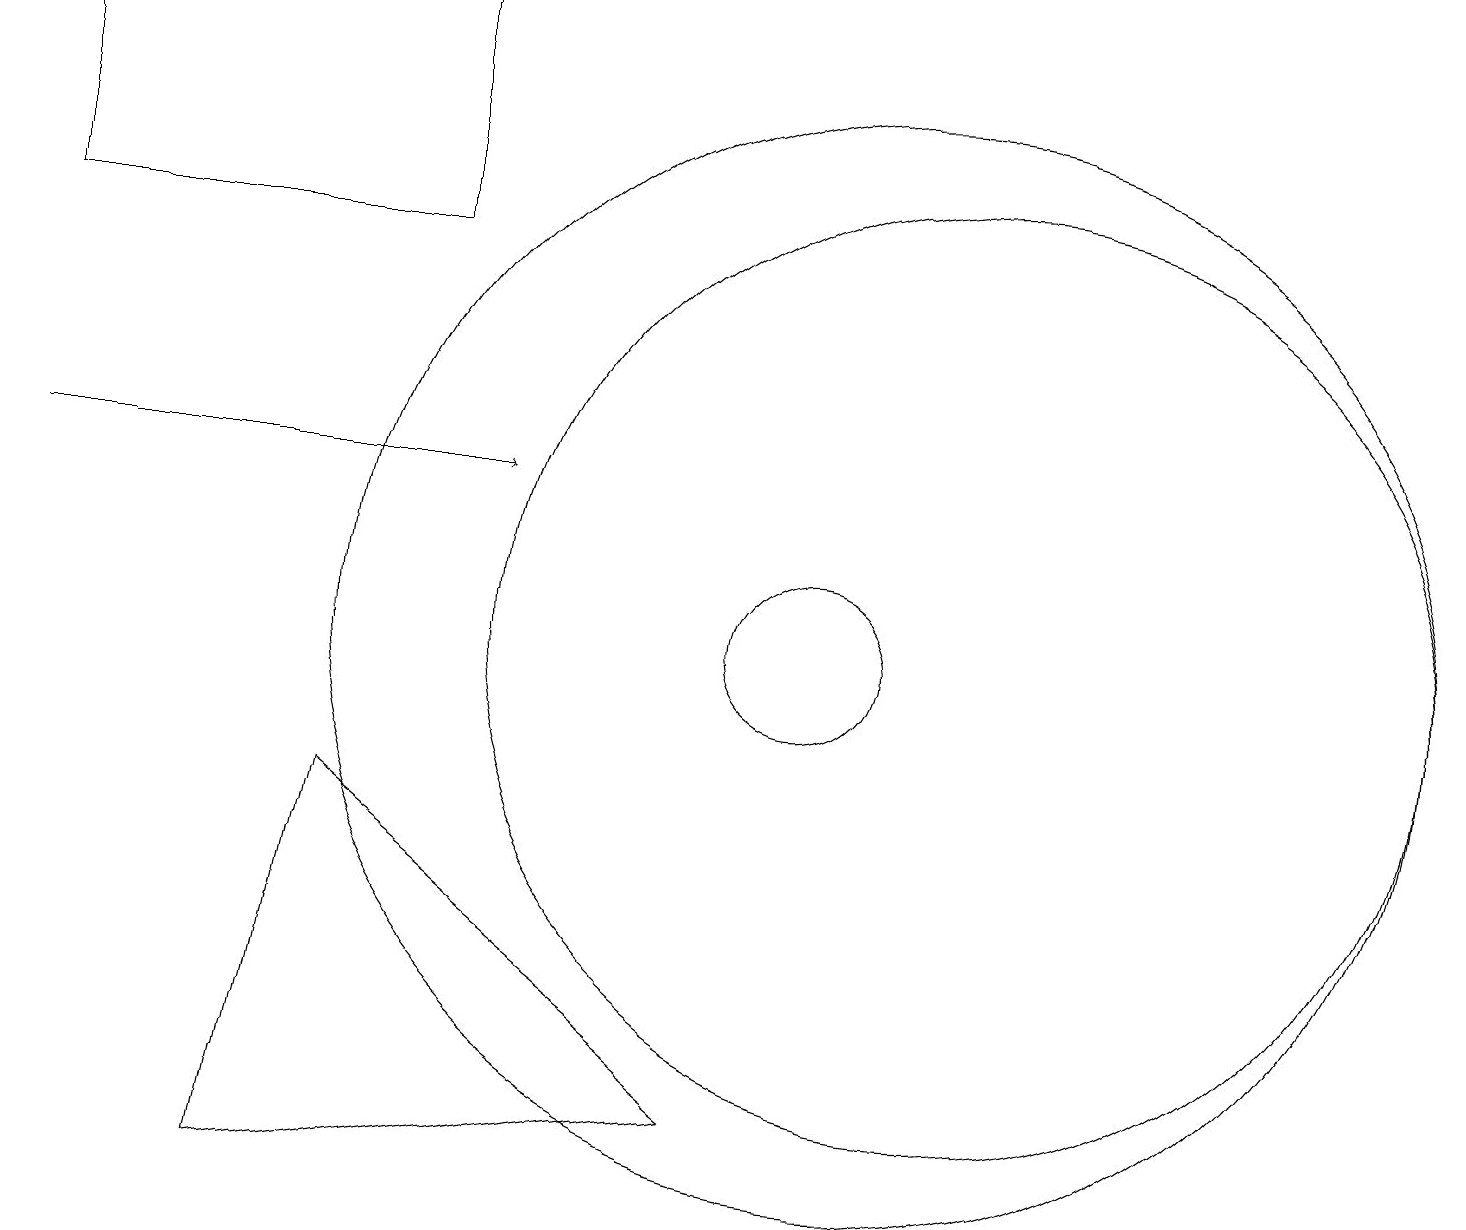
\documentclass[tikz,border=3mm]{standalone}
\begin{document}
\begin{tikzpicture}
\draw[->] (0,13) -- (6,13);
\draw (10,11) circle (1);
\draw (0,19) rectangle (5,16);
\draw (12,11) circle (0);
\draw (9,5) -- (3,4) -- (4,9) -- cycle;
\draw (12,11) circle (6);
\draw (11,11) circle (7);
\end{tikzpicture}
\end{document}